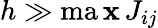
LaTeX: h\gg\operatorname*{ma\mathbf{x}}J_{ij}